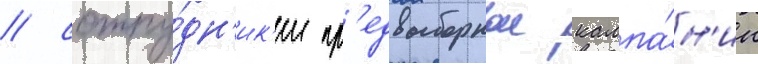
/ сотру́дн'ик'и пр'едвыборнои кампа́н'ии